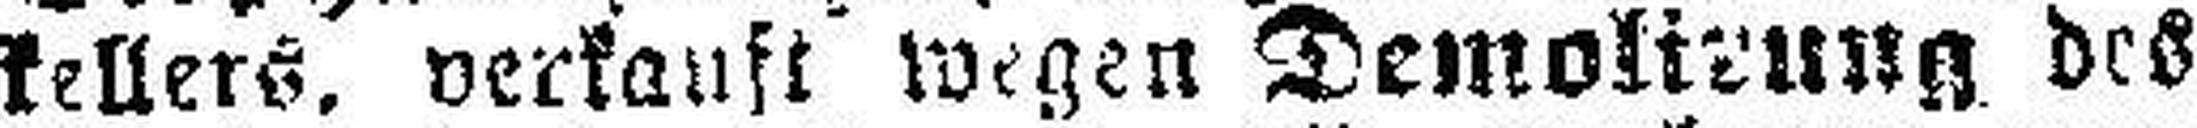
kellers. verkauft wegen Demolirung des